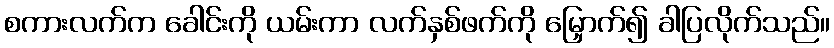
စကားလက်က ခေါင်းကို ယမ်းကာ လက်နှစ်ဖက်ကို မြှောက်၍ ခါပြလိုက်သည်။